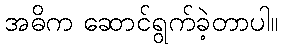
အဓိက ဆောင်ရွက်ခဲ့တာပါ။